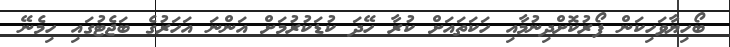
ބޯހިޔާވަހިކަން ފޯރުކޮށްދިނުމާއި ހަކަތައަށް ކުރާ ހޭދަ ކުޑަކުރުމަށް އަންނަ އަހަރުގެ ބަޖެޓުގައި ހިމެނޭ